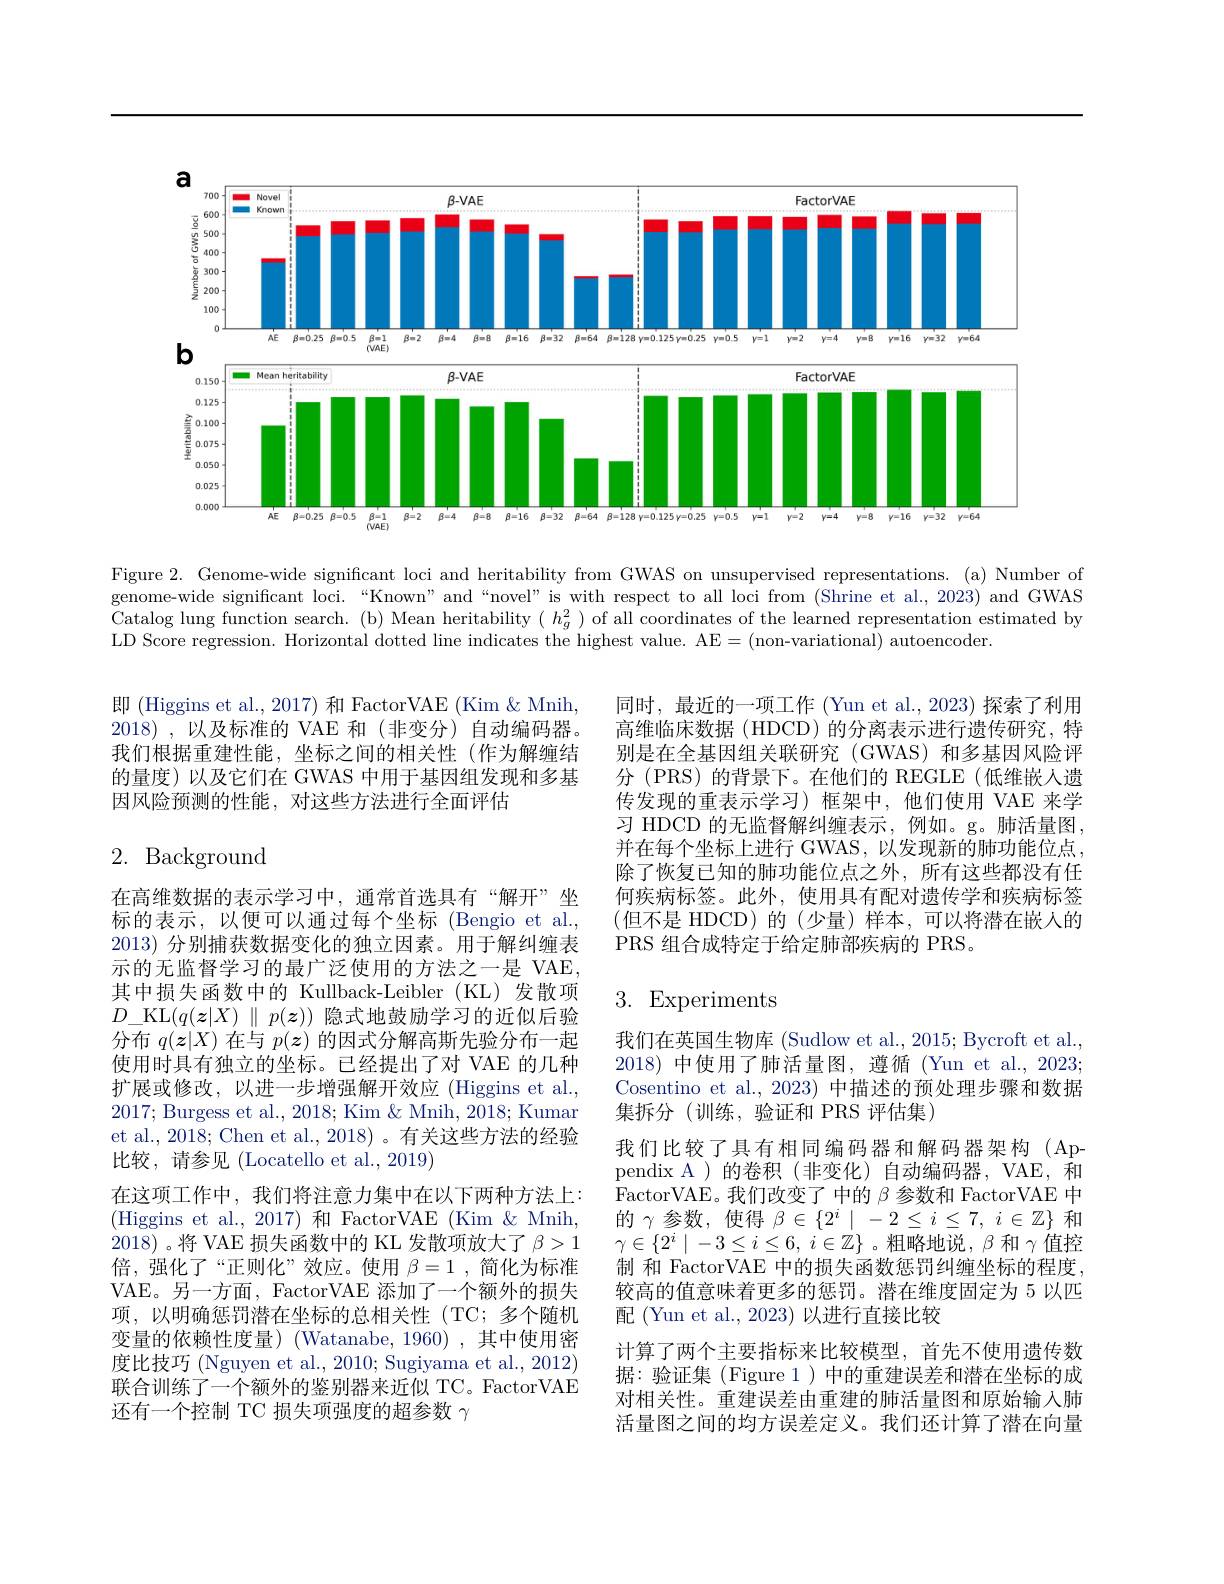
<FigureHere>

Figure 2. Genome-wide significant loci and heritability from GWAS on unsupervised representations. (a) Number of genome-wide significant loci. “Known”and“novel”is with respect to all loci from (Shrine et al., 2023) and GWAS Catalog lung function search. ( b) Mean heritability( $h_{g}^{2})$ of all coordinates of the learned representation estimated by Catalog lung function search. ( b) Mean heritability( $h_{g}^{2})$ of all coordinates of the le LD Score regression. Horizontal dotted line indicates the highest value. AE=(non-variational) autoencoder.

即 (Higgins et al., 2017) 和 FactorVAE (Kim & Mnih, 2018) , 以及标准的 $VAE$ $和$ $( 非 变 分 )$ $自 动 编 码 器 $。我们根据重建性能，坐标之间的相关性(作为解缠结的量度)以及它们在 GWAS 中用于基因组发现和多基因风险预测的性能，对这些方法进行全面评估

同时，最近的一项工作 (Yun et al., 2023) 探索了利用高维临床数据 (HDCD) 的分离表示进行遗传研究，特别是在全基因组关联研究(GWAS)和多基因风险评分 (PRS) 的背景下。在他们的 REGLE(低维嵌人遗传发现的重表示学习)框架中，他们使用 VAE 来学习 HDCD 的无监督解纠缠表示，例如。g。肺活量图， 并在每个坐标上进行 GWAS,以发现新的肺功能位点， 除了恢复已知的肺功能位点之外，所有这些都没有任何疾病标签。此外，使用具有配对遗传学和疾病标签(但不是 HDCD)的(少量)样本，可以将潜在嵌入的PRS 组合成特定于给定肺部疾病的 PRS。

# 2. Background

## 3. Experiments

在高维数据的表示学习中，通常首选具有“解开”坐标的表示，以便可以通过每个坐标(Bengio et al., 2013) 分别捕获数据变化的独立因素。用于解纠缠表示的无监督学习的最广泛使用的方法之一是 VAE, 其中损失函数中的 Kullback-Leibler (KL)发散项$D\_$KL$( q( \boldsymbol{z}| X) \parallel p( \boldsymbol{z}) )$隐式地鼓励学习的近似后验分布$q(\boldsymbol{z}|X)$在与$p(\boldsymbol{z})$的因式分解高斯先验分布一起使用时具有独立的坐标。已经提出了对 VAE 的几种扩展或修改，以进一步增强解开效应 (Higgins et al. 2017; Burgess et al., 2018; Kim & Mnih, 2018; Kumar et al., 2018; Chen et al., 2018) 。有关这些方法的经验比较，请参见(Locatello et al., 2019)
在这项工作中，我们将注意力集中在以下两种方法上： (Higgins et al.,2017)和 FactorVAE (Kim & Mnih, 2018)。将 VAE 损失函数中的 KL 发散项放大了$\beta>1$ 倍，强化了“正则化”效应。使用$\beta=1$ ,简化为标准VAE。另一方面，FactorVAE 添加了一个额外的损失项，以明确惩罚潜在坐标的总相关性(TC;多个随机变量的依赖性度量)(Watanabe,1960),其中使用密度比技巧 (Nguyen et al., 2010; Sugiyama et al., 2012) 联合训练了一个额外的鉴别器来近似 TC。FactorVAE 还有一个控制 TC 损失项强度的超参数$\gamma$

我们在英国生物库 (Sudlow et al., 2015; Bycroft et al., 2018)中使用了肺活量图，遵循 (Yun et al., 2023; Cosentino et al., 2023) 中描述的预处理步骤和数据集拆分(训练，验证和 PRS 评估集)
我们比较了具有相同编码器和解码器架构(Appendix A )的卷积(非变化)自动编码器，VAE,和FactorVAE。我们改变了 中的$\beta$参数和 FactorVAE 中的$\gamma$参数，使得 $\beta\in\{2^i\mid-2\leq i\leq7,i\in\mathbb{Z}\}$ 和$\gamma \in \{ 2^i\mid - 3\leq i\leq 6$, $i\in \mathbb{Z} \}$ 。粗略地说，$\beta$和$\gamma$值控制 和 FactorVAE 中的损失函数惩罚纠缠坐标的程度， 较高的值意味着更多的惩罚。潜在维度固定为 5 以匹配(Yun et al., 2023) 以进行直接比较
计算了两个主要指标来比较模型，首先不使用遗传数据：验证集(Figure 1)中的重建误差和潜在坐标的成对相关性。重建误差由重建的肺活量图和原始输入肺活量图之间的均方误差定义。我们还计算了潜在向量